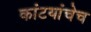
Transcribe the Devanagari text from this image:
कांटयांचेच